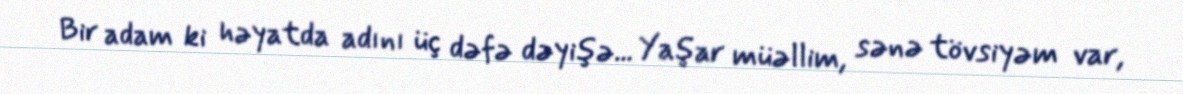
Bir adam ki həyatda adını üç dəfə dəyişə... Yaşar müəllim, sənə tövsiyəm var,